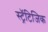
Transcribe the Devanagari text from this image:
स्ट्रॅटिजिक